Report on horse surra - Volume II, Part I
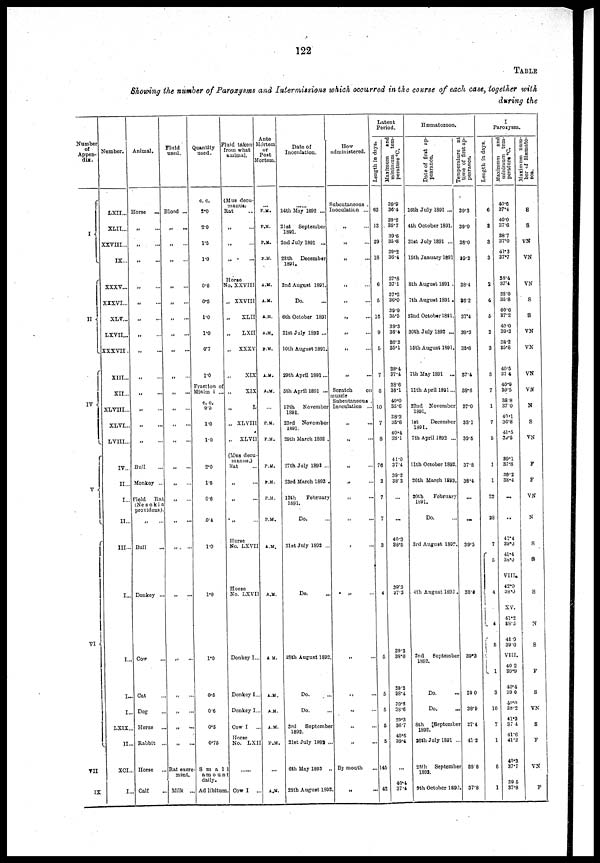
122
TABLE
Showing the number of Paroxysms and Intermissions which occurred in the course of each case, together with
during the
Number
of
Appen-
dix.
I {
II {
IV {
V{
VI {
VII{
IX
Number.
LXII...
XLII...
XXVIII...
IX...
XXXV...
XXXVI...
XLV...
LXVII...
XXXVII.
XIII...
XII...
XLVIII...
XLVI...
LVIII...
IV...
II...
I...
II...
III...
I...
I...
I..
I..
LXIX..
II..
XCI.
I..
Animal.
Horse
„
„
„
„
„
„
„
„
„
„
...
„
„
Bull
Monkey ...
Field
Rat
(Ne sokia
providens).
„ ...
Bull
Donkey ...
Cow
Cat
Dog
Horse
Rabbit ..
Horse
Calf
Fluid
used.
Blood ...
„ ...
„ ...
„ ...
„
„ ...
„ ...
„
„
„
„
„
„ ...
„
„
„ ...
„ ...
„ ...
„ ...
„ ..
„
„
„ ...
„ ...
Rat excre
ment.
Milk ..
Quantity
used.
c. c.
2.0
2.0
1.5
1.0
0.5
0.5
1.0
1.0
0.7
1.0
Fraction of
Minim i ...
c. c.
0.5
1.0
1.0
2.0
1.5
0.6
0.4
1.0
1.0
1.0
0.5
0.6
0.5
0.75
S m a 1l
am o unt
daily.
Ad libitum
Fluid taken
from what
animal.
(Mus decu-
manus)
Rat
„
„
„
...
Horse
No. XXVIII
„ XXVIII
XLII
LXII
„
XXXV
„XIX
„XIX
„ L
„ XLVIII
,.
XL VII
(Mus decu-
manus.)
Rat
Horse
No. LXVII
Horse
No. LXVII
Donkey I..
Donkey I..
Donkey I..
Cow I
..
Horse
No. LXII
Cow I
..
Ante
Mortem
or
Post
Mortem.
P.M.
P.M.
P.M.
P.M.
A.M.
A.M.
A.M.
A.M.
P.M.
A.M.
A.M.
P.M.
P.M.
P.M.
P.M.
P.M.
P.M.
A.M.
A.M.
A M.
A.M.
A.M.
A.M.
P.M.
A.M.
Date of
Inoculation.
14th May 1892 ...
21st
September
1891.
2nd July 1891 ...
28th
December
1891.
2nd August 1891.
Do.
6th October 1891
21st July 1892 ...
10th August 1891.
29th April 1891...
5th April 1891 ...
12th
November
1891.
23rd
November
1891.
29th March 1892 .
27th July 1892 ...
23rd March 1893 .
13th
February
1891.
Do.
31st July 1892 ...
Do.
28th August 1892
Do.
Do.
3rd
September
1892.
21st July 1892 ..
6th May 1893 .
28th August 1892.
How
administered.
Subcutaneous .
Inoculation ...
.,
„
„
„
...
„
„
„
„
„
Scratch
on
muzzle
Subcutaneous .
Inoculation ...
„
„
„
„
„
„
„
„
„
„
„ ...
„
By mouth
„
..
.
Latent
Period.
Length in days.
63
13
29
18
6
5
16
9
5
7
6
10
7
8
76
3
7
7
3
4
5
5
5
5
5
145
42
Maximum and
minimum tem-
perature °C.
39.9
36.4
39.2
35.7
39.6
35.8
39.2
36.4
37.8
37.1
37.2
36.0
39.9
35.5
39.3
36.4
36.3
35.1
38.4
37.4
38.6
38.1
40.0
35.6
38.3
35.6
40.4
38.1
41.0
37.4
39.2
38.2
...
40.3
38.5
39. 3
37.2
39.3
38.0
39.2
38.4
39.8
38.6
39.3
36.7
40.5
39.4
40.4
37.4
Hæmatozoon.
Date of first ap-
pearance.
16th July 1891 ...
4th October 1891.
31st July 1891 ...
15th January 1891
8th August 1891 .
7th August 1891 .
22nd October 1891.
30th July 1892 ...
15th August 1891.
7th May 1891 ...
11th April 1891...
22nd November
1891.
1st
December
1891.
7th April 1892 ...
11th October 1892,
26th March 1893.
20th
February
1891.
Do.
3rd August 1892
4th August 1892 .
2nd
September
1892.
Do.
Do.
8th
September
1892.
26th July 1891 .
28th September
1893.
9th October 1892.
Temperature at
time of first ap-
pearance.
39.3
39.0
38.0
39.2
38.4
36.2
37.4
39.3
35.8
37.4
38.6
37.0
33.1
39.5
37.8
38.4
...
...
39.5
38.0
39.3
39 0
38.9
37.4
41.2
38.8
37.8
Paroxysm.
Length in days.
6
3
3
3
2
4
5
2
3
5
7
1
7
5
1
1
22
28
7
5
{ 4
4
{ 5
3
10
7
1
6
1
Maximum and
minimum tem-
perature °C.
40.6
37.4
40.0
37.6
38.7
37.0
41.3
37.7
38.4
37.4
38.0
35.8
40.6
37.2
40.0
39.3
38.2
35.8
40.5
37.4
40.9
39.5
38.8
37.0
40.1
36.8
41.5
39.5
39.1
37.8
39.2
38.4
..
..
41.4
39.3
41.4
38.0
VIII.
42.0
38.0
XV.
41.2
38.5
41.9
39.0
VIII.
40 2
39.9
40.4
30.0
40.0
38.2
41.2
37.4
41.6
41 .2
40.3
37.7
39 5
37.8
Maximum num-
ber of Hæmato-
zoa.
8
8
VN
VN
VN
S
S
VN
VN
VN
VN
N
S
VN
F
F
VN
N
S
S
N
S
F
S
VN
S
F
VN
F